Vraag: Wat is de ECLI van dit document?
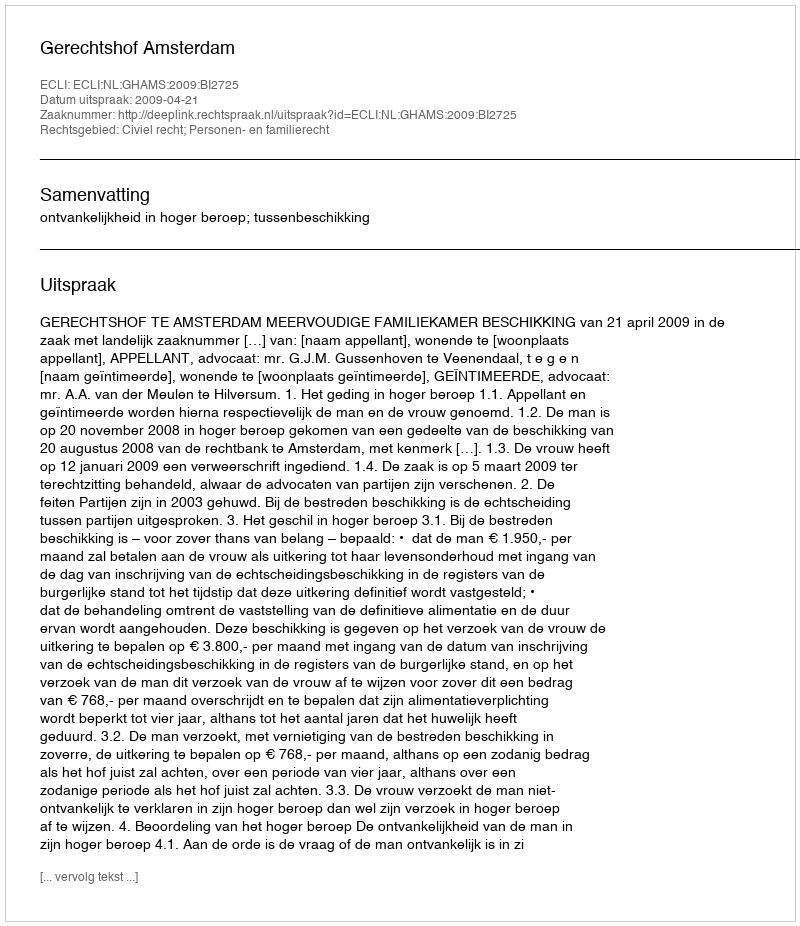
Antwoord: ECLI:NL:GHAMS:2009:BI2725